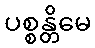
ပစ္စန္တိမေ